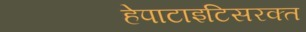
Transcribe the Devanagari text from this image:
हेपाटाइटिसरक्त